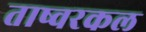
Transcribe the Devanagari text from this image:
ताष्वरकल